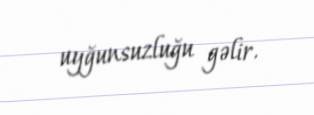
uyğunsuzluğu gəlir.